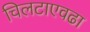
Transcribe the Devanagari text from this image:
चिलटाएवढा